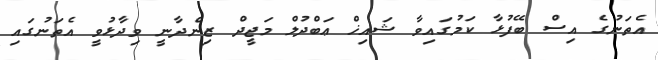
އެތަނުގެ އިސް ބޭފުޅާ ކަމުގައިވާ ޝައިޚް ޢަބްދުލް މަޖީދް ޒިންދާނީ ވިދާޅުވީ އެތަނުގައި